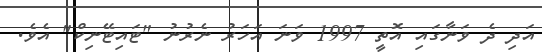
އަދި ދެ ވަނާގައި އޮތީ 1997 ވަނަ އަހަރު ނެރުނު "ޓައިޓޭނިކް" އެވެ.